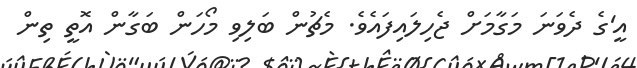
އީ'ގެ ދެވަނަ މަގާމަށް ޖެހިލައިފައެވެ. މެޗުން ބަލިވި މޯހަން ބަގާން އޮތީ ތިން